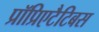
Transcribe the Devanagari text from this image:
प्रॉप्रिएटैटिबस